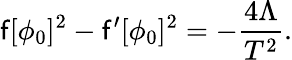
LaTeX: \mathsf{f}[\phi_{0}]^{2}-\mathsf{f}^{\prime}[\phi_{0}]^{2}=-\frac{{4\Lambda}}{{T^{2}}}.